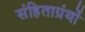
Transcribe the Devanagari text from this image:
संहिताग्रंथों